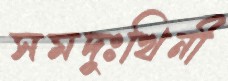
সমদুঃখিনী